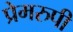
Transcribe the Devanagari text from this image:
प्रेमरुपी